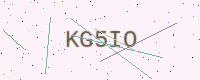
Text: KG5IO